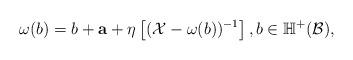
LaTeX: \begin{align*}\omega(b)=b+{\bf a}+\eta\left[(\mathcal X-\omega(b))^{-1}\right],b\in\mathbb H^+(\mathcal B),\end{align*}